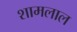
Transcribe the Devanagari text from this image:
शामलाल